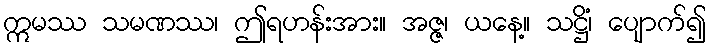
ဣမဿ သမဏဿ၊ ဤရဟန်းအား။ အဇ္ဇ၊ ယနေ့။ သဋ္ဌိံ၊ ပျောက်၍